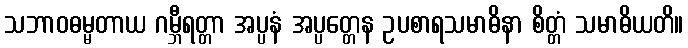
သဘာဝဓမ္မတာယ ဂမ္ဘီရတ္တာ အပ္ပနံ အပ္ပတ္တေန ဥပစာရသမာဓိနာ စိတ္တံ သမာဓိယတိ။